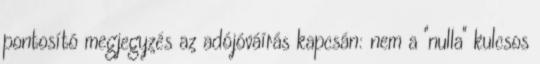
pontosító megjegyzés az adójóváírás kapcsán: nem a "nulla" kulcsos